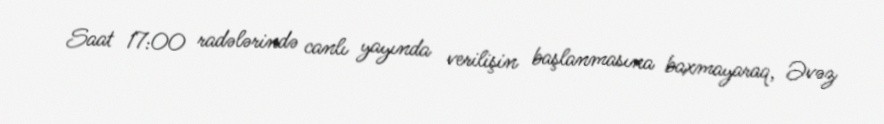
Saat 17:00 radələrində canlı yayında verilişin başlanmasına baxmayaraq, Əvəz